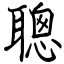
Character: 聰